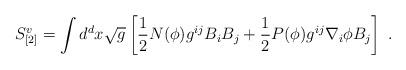
LaTeX: \begin{align*}S_{[2]}^v = \int d^dx \sqrt{g} \left[ \frac{1}{2}N(\phi)g^{ij}B_iB_j+ \frac{1}{2}P(\phi)g^{ij}\nabla_i\phi B_j\right]~.\end{align*}